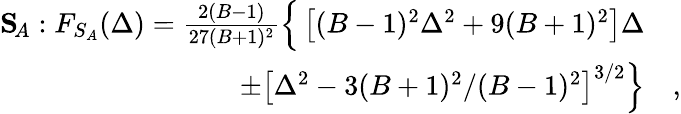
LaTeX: \begin{array}{rl}{\textbf{S}\! _{A}:F_{S_{A}}(\Delta)=\frac{2(B-1)}{27(B+1)^{2}}\Big\{ \left[(B-1)^{2}\Delta^{2}+9(B+1)^{2}\right]\Delta}&{{}}\\ {\pm\left[\Delta^{2}-3(B+1)^{2}/(B-1)^{2}\right]^{3/2}\Big\} }&{{},}\end{array}